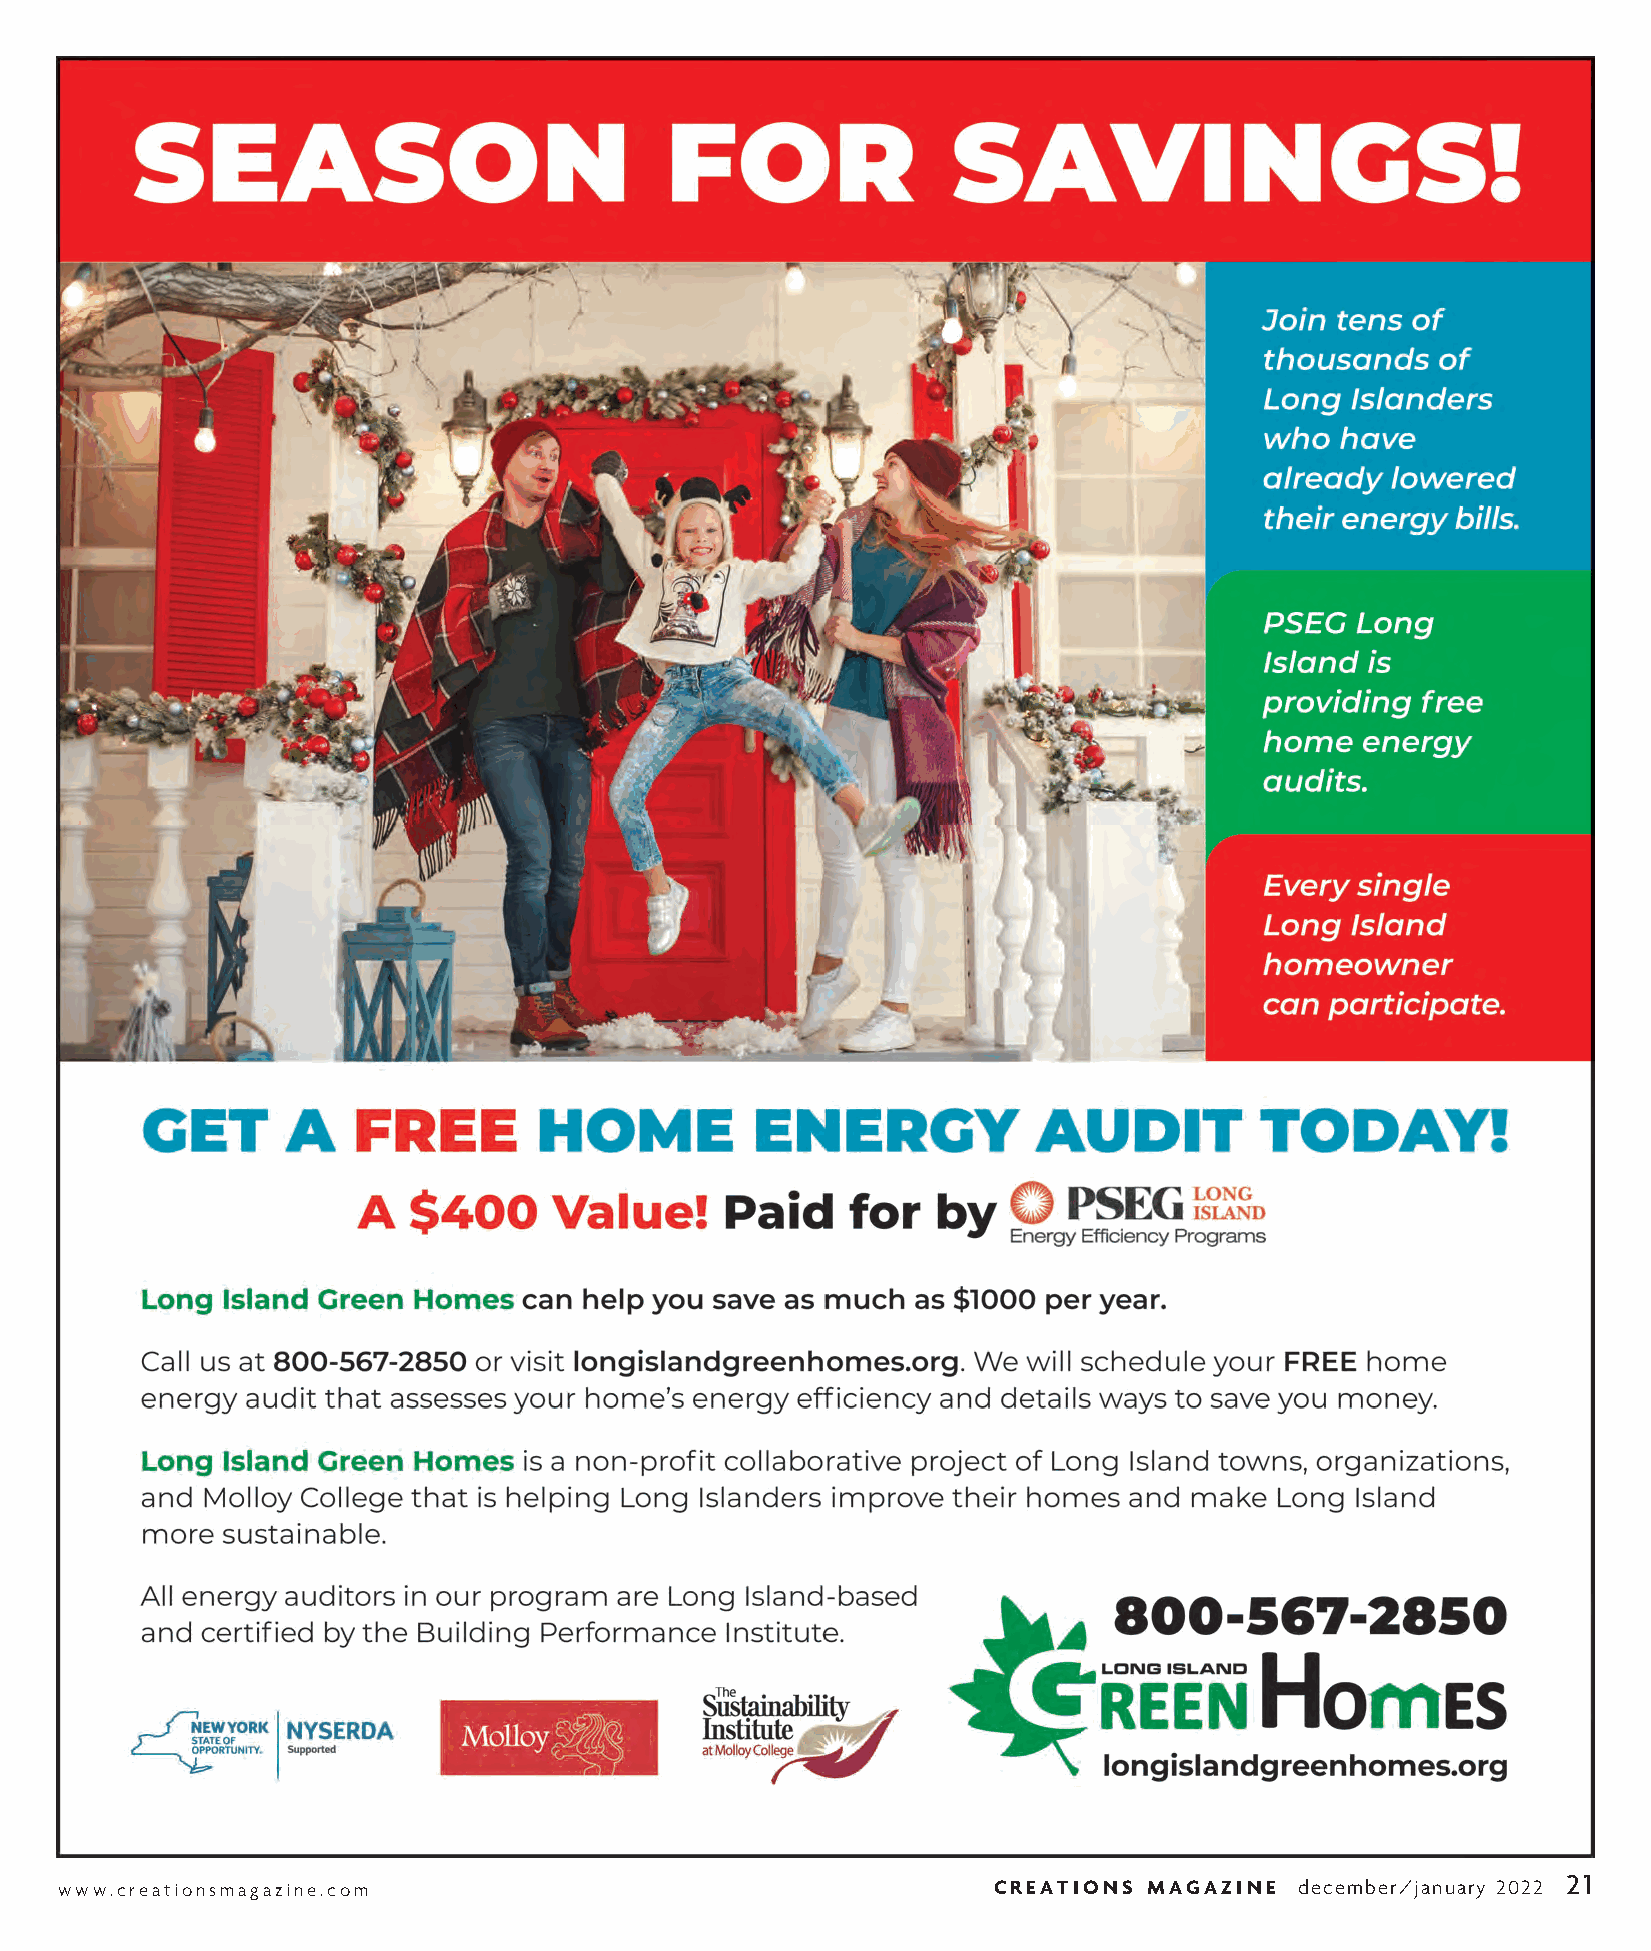
21
 www.creationsmagazine.com                                     CREATIONS MAGAZINE  december/january 2022